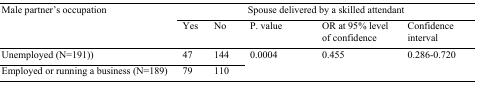
<table><thead><tr><td rowspan="2"><b>Male partner’s occupation</b></td><td colspan="5"><b>Spouse delivered by a skilled attendant</b></td></tr><tr><td></td><td><b>Yes</b></td><td><b>No</b></td><td><b>P. value</b></td><td><b>OR at 95% level of confidence</b></td><td><b>Confidence interval</b></td></tr></thead><tbody><tr><td>Unemployed (N=191))</td><td>47</td><td>144</td><td rowspan="2">0.0004</td><td rowspan="2">0.455</td><td rowspan="2">0.286-0.720</td></tr><tr><td>Employed or running a business (N=189)</td><td>79</td><td>110</td></tr></tbody></table>